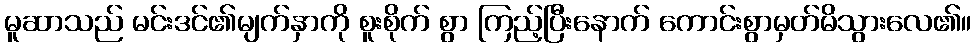
မူဆာသည် မင်းဒင်၏မျက်နှာကို စူးစိုက် စွာ ကြည့်ပြီးနောက် ကောင်းစွာမှတ်မိသွားလေ၏။